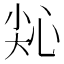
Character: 𢙭